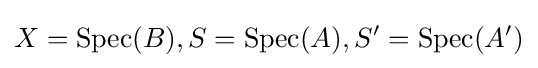
X=\operatorname {Spec} (B),S=\operatorname {Spec} (A),S'=\operatorname {Spec} (A')